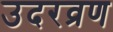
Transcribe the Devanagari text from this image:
उदरव्रण